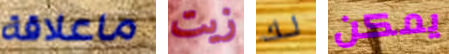
ماعلاقة زيت لك يمكن